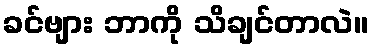
ခင်ဗျား ဘာကို သိချင်တာလဲ။